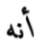
أنه